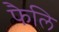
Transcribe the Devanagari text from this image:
फैलि